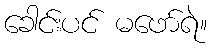
ခေါင်းပင် မဖော်ရဲ။